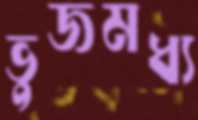
ভুজমধ্য